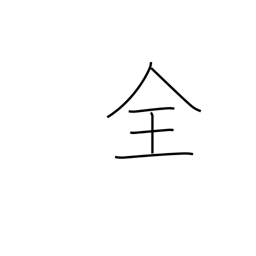
Meaning: whole